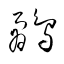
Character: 鷸